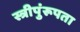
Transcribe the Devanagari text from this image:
स्त्रीपुंरूपता